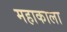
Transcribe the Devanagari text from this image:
महाकाला